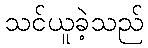
သင်ယူခဲ့သည်